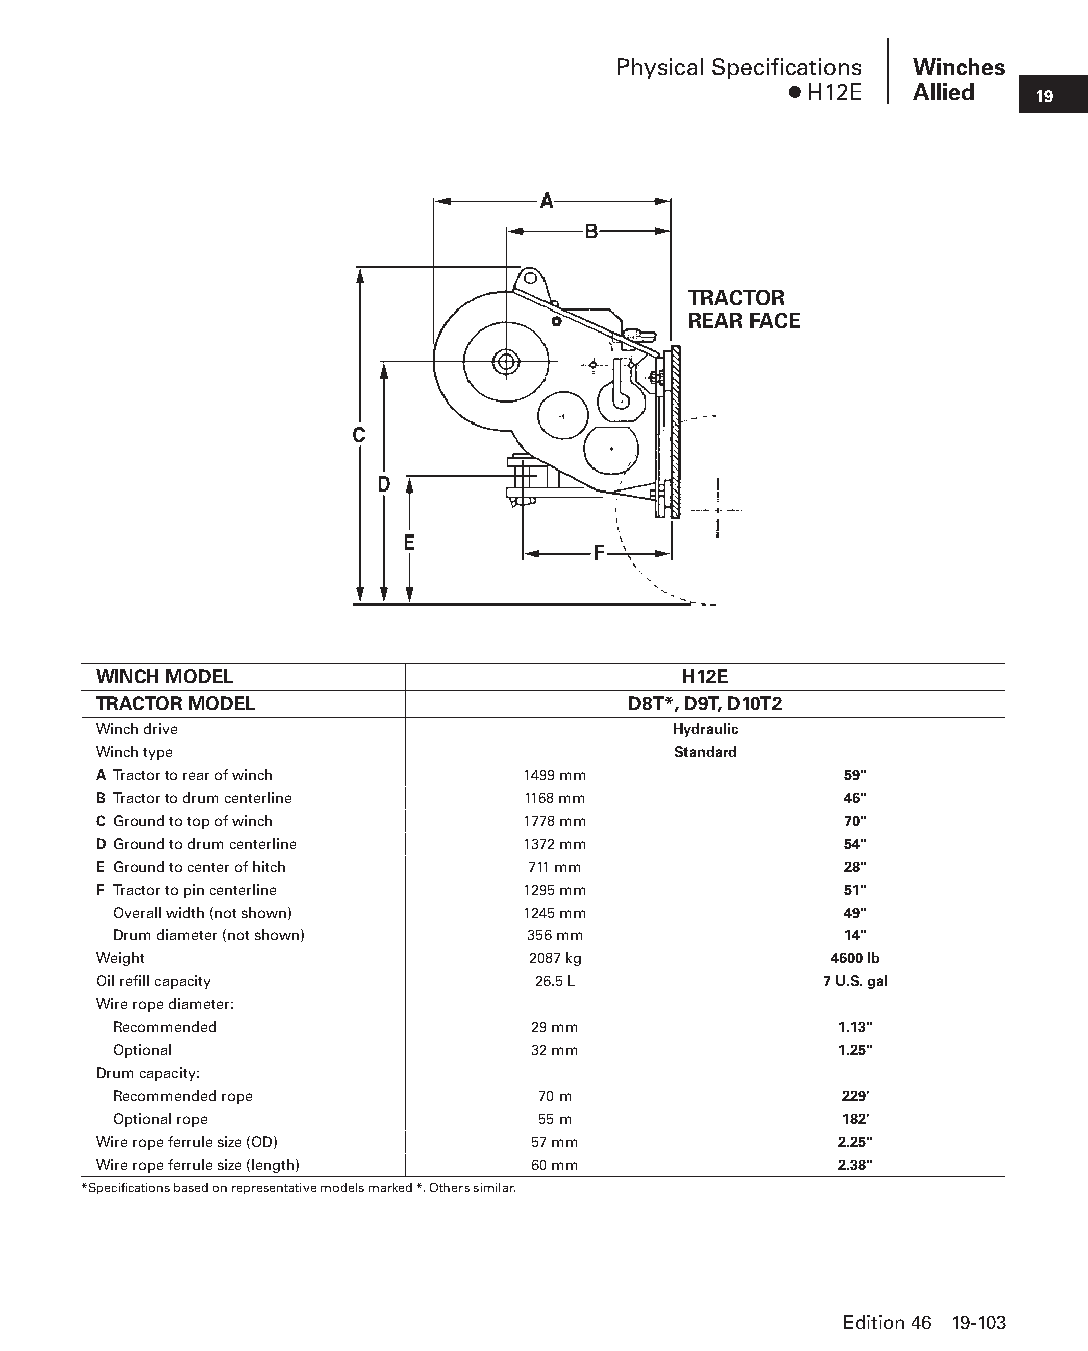
Physical Specifications Winches
 ● H12E   Allied  19
 TRACTOR
 REAR FACE
 WINCH MODEL                            H12E
 TRACTOR MODEL                      D8T*, D9T, D10T2
 Winch drive                           Hydraulic
 Winch type                            Standard
 A Tractor to rear of winch  1499 mm              59"
 B Tractor to drum centerline 1168 mm             46"
 C Ground to top of winch    1778 mm              70"
 D Ground to drum centerline 1372 mm              54"
 E Ground to center of hitch 711 mm               28"
 F Tractor to pin centerline 1295 mm              51"
 Overall width (not shown)  1245 mm              49"
 Drum diameter (not shown)  356 mm               14"
 Weight                      2087 kg             4600 lb
 Oil refill capacity          26.5 L             7 U.S. gal
 Wire rope diameter:
 Recommended                 29 mm               1.13"
 Optional                    32 mm               1.25"
 Drum capacity:
 Recommended rope            70 m                229'
 Optional rope               55 m                182'
 Wire rope ferrule size (OD)  57 mm               2.25"
 Wire rope ferrule size (length) 60 mm            2.38"
 *Specifications based on representative models marked *. Others similar.
 Edition 46 19-103
 PPHHBB--SSeecc1199--TTTTTT--55--WWiinncchheess((ppgg8833--111122))..iinndddd 110033 1122//44//1155 1111::0000 AAMM